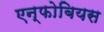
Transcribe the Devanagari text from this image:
एन्फोबियस